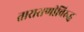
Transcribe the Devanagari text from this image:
ताराराणीविरुद्ध